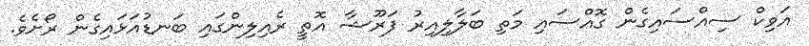
އަވިކް ސިއްސައިގެން ގޮއްސައި މަތި ބަލާލިއިރު ފަރޫޝާ އޮތީ ރެއިލިންގައި ބަނޑުއަޅައިގެން ރޯށެވެ.